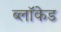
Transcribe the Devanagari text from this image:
ब्लॉकेड